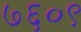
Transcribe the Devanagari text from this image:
७६०९